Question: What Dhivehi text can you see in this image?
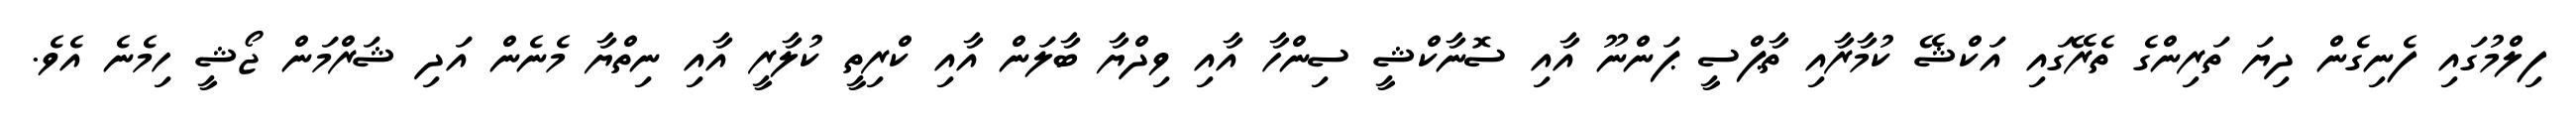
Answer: ފިލްމުގައި ފެނިގެން ދިޔަ ތަރިންގެ ތެރޭގައި އަކްޝޭ ކުމާރާއި ތާޕްސީ ޕަންނޫ އާއި ސޮނާކްޝީ ސިންހާ އާއި ވިދްޔާ ބާލަން އާއި ކްރިތީ ކުލާރީ އާއި ނިތްޔާ މެނެން އަދި ޝަރްމަން ޖޯޝީ ހިމެނެ އެވެ.